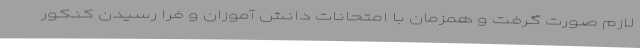
لازم صورت گرفت و همزمان با امتحانات دانش آموزان و فرا رسیدن کنکور